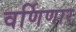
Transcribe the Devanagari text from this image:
वर्णिणार